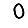
Digit: 0